Madras plague regulations in force outside the Presidency town - Volume 3
Disease focus: Plague
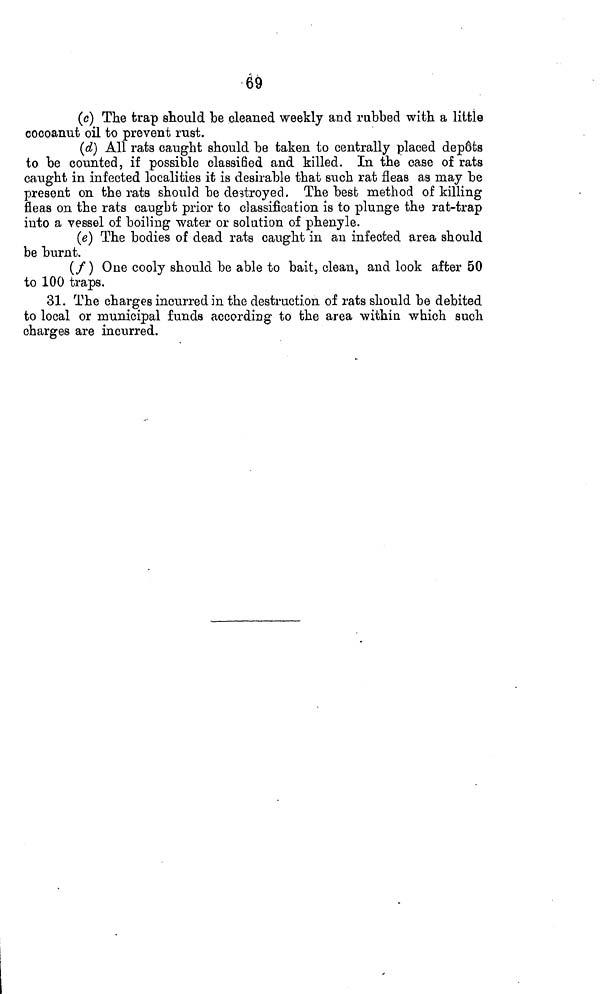
69
(c) The trap should be cleaned weekly and rubbed with a little
cocoanut oil to prevent rust.
(d) All rats caught should be taken to centrally placed depots
to be counted, if possible classified and killed. In the case of rats
caught in infected localities it is desirable that such rat fleas as may be
present on the rats should be destroyed. The best method of killing
fleas on the rats caugbt prior to classification is to plunge the rat-trap
into a vessel of boiling water or solution of phenyle.
(e) The bodies of dead rats caught in au infected area should
be burnt.
(f) One cooly should be able to bait, clean, and look after 50
to 100 traps.
31. The charges incurred in the destruction of rats should be debited
to local or municipal funds according to the area within which such
charges are incurred.